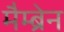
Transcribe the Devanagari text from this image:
मैम्ब्रेन